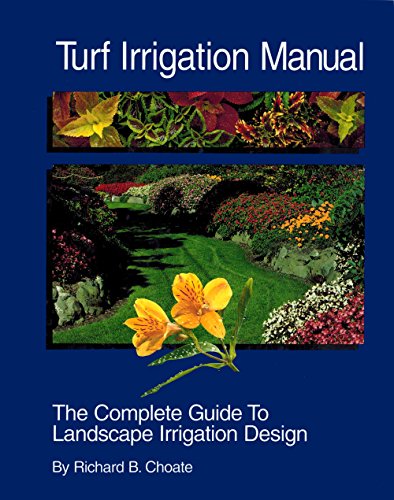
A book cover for Turf Irrigation Manual: The Complete Guide to Turf and Landscape Irrigation Systems; Richard B. Choate; Science & Math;